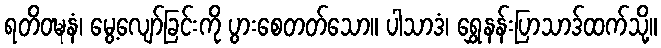
ရတိဝဍ္ဎနံ၊ မွေ့လျော်ခြင်းကို ပွားစေတတ်သော။ ပါသာဒံ၊ ရွှေနန်းပြာသာဒ်ထက်သို့။